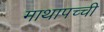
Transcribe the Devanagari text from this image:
माथापच्‍ची